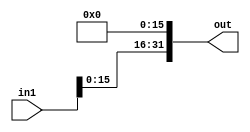
module bit16_SLL(in1, out);

input [31:0] in1;
output [31:0] out;

genvar a;
  generate
  for(a=0; a<=15; a=a+1)begin: loop1
  
	assign out[a] = 1'b0;
	
	end
	endgenerate

genvar c;
   generate
	for(c=16; c<=31;c=c+1) begin: loop2
	
	assign out[c] = in1[c-16];
	
	end
	endgenerate


endmodule